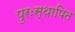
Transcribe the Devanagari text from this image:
पुरःस्थापित